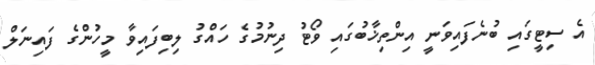
އެ ސިޓީގައި ބުނެފައިވަނީ އިންތިޚާބުގައި ވޯޓު ދިނުމުގެ ހައްގު ލިބިފައިވާ މީހުންގެ ފައިނަލް